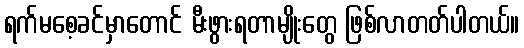
ရက်မစေ့ခင်မှာတောင် မီးဖွားရတာမျိုးတွေ ဖြစ်လာတတ်ပါတယ်။